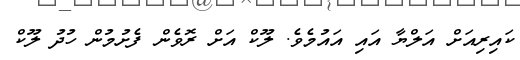
ކައިރިއަށް އަލްޔާ އައި އައުމެވެ. ލޫކް އަށް ރޮވެން ފެށުމުން ހުދު ލޫކް